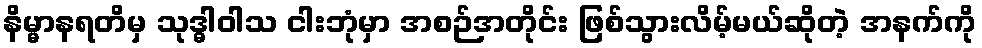
နိမ္မာနရတိမှ သုဒ္ဓါဝါသ ငါးဘုံမှာ အစဉ်အတိုင်း ဖြစ်သွားလိမ့်မယ်ဆိုတဲ့ အနက်ကို